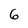
Character: 6